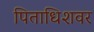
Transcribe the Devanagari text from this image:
पिताधिशवर